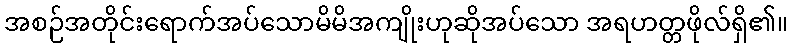
အစဉ်အတိုင်းရောက်အပ်သောမိမိအကျိုးဟုဆိုအပ်သော အရဟတ္တဖိုလ်ရှိ၏။